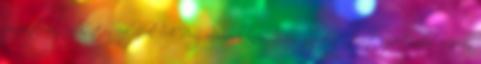
projekt-megvalósítás céljából. A Programiroda információs napokat tart szeptember 9-10-én